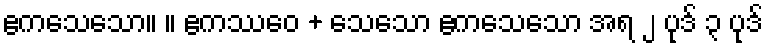
ဧကသေသော။ ။ ဧကဿေဝ + သေသော ဧကသေသော အရ ၂ ပုဒ် ၃ ပုဒ်